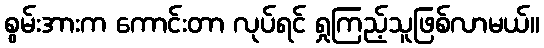
စွမ်းအားက ကောင်းတာ လုပ်ရင် ရှုကြည့်သူဖြစ်လာမယ်။